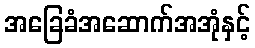
အခြေခံအဆောက်အအုံနှင့်